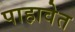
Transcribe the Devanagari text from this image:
पाहावेत